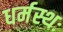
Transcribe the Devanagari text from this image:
धर्मस्थः